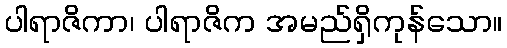
ပါရာဇိကာ၊ ပါရာဇိက အမည်ရှိကုန်သော။